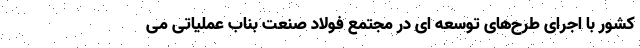
كشور با اجرای طرح‌های توسعه ای در مجتمع فولاد صنعت بناب عملیاتی می